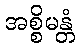
အစ္စိမန္တံ